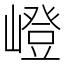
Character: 嶝